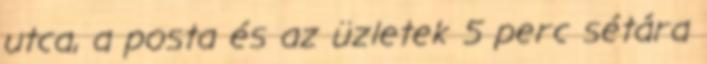
utca, a posta és az üzletek 5 perc sétára